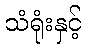
သံရုံးနှင့်